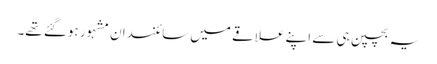
یہ بچپن ہی سے اپنے علاقے میں سائنسدان مشہور ہوگئے تھے۔